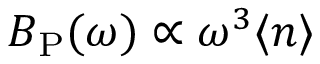
B _ { \mathrm { P } } ( \omega ) \propto \omega ^ { 3 } \langle n \rangle